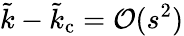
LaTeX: \tilde{k}-\tilde{k}_{\mathrm{c}}=\mathcal{O}(s^{2})